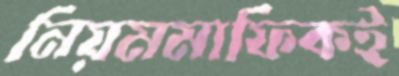
নিয়মমাফিকই